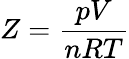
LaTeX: Z={\frac{pV}{nRT}}